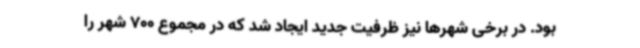
بود. در برخی شهرها نیز ظرفیت جدید ایجاد شد که در مجموع 700 شهر را